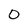
Character: 0